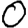
Digit: 0